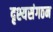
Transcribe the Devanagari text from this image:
दृश्यसंगठन